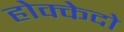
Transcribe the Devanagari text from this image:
होक्केदो